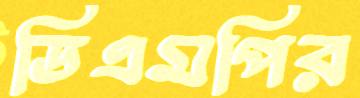
ডিএমপির